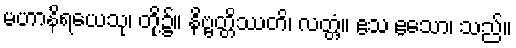
မဟာနိရယေသု၊ တို့၌။ နိဗ္ဗတ္တိဿတိ၊ လတ္တံ့။ ဧသ ဧသော၊ သည်။